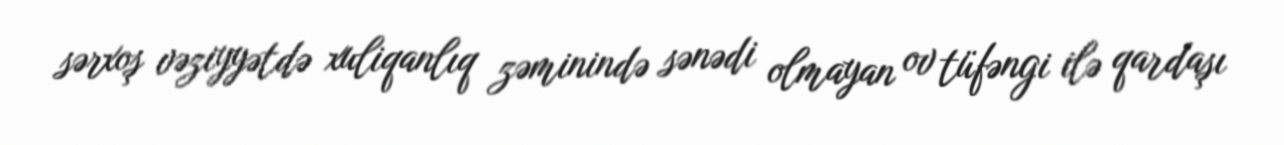
sərxoş vəziyyətdə xuliqanlıq zəminində sənədi olmayan ov tüfəngi ilə qardaşı